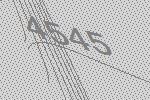
4545